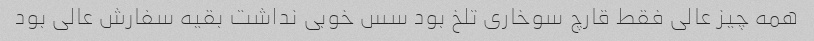
همه چیز عالی فقط قارچ سوخاری تلخ بود سس خوبی نداشت بقیه سفارش عالی بود